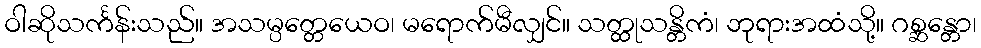
ဝါဆိုသင်္ကန်းသည်။ အသမ္ပတ္တေယေဝ၊ မရောက်မီလျှင်။ သတ္ထုသန္တိကံ၊ ဘုရားအထံသို့။ ဂစ္ဆန္တော၊